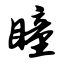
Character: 瞳